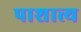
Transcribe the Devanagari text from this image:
पाशात्त्य